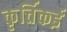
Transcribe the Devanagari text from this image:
कृर्त्तिकई